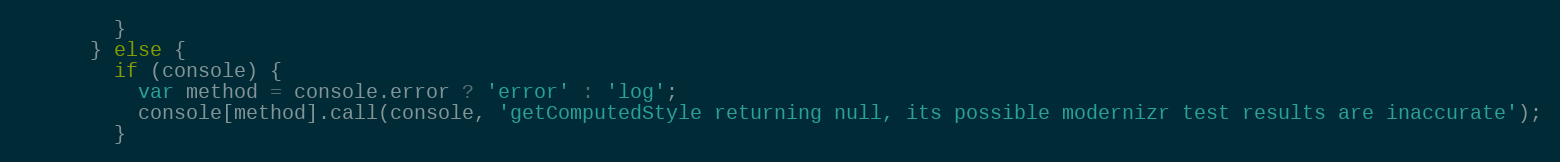
Language: JavaScript
        }
      } else {
        if (console) {
          var method = console.error ? 'error' : 'log';
          console[method].call(console, 'getComputedStyle returning null, its possible modernizr test results are inaccurate');
        }